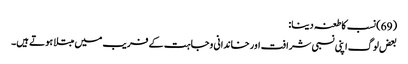
(69) نسب کا طعنہ دینا:
بعض لوگ اپنی نسبی شرافت اور خاندانی وجاہت کے فریب میں مبتلا ہوتے ہیں۔